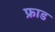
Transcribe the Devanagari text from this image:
फ्राड